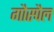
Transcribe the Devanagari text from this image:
गौस्पैल